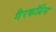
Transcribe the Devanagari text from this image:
गैरकॉग्रेस